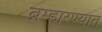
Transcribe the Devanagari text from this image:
ब्रम्हारण्यात